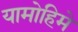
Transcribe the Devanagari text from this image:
यामोहिमे